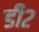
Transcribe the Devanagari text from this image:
डी२